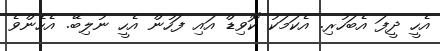
އެހީ ދީފަ އެބަހުރި. އެކަމަކު ކޮވިޑް އައި ފަހުން އެހީ ނުލިބޭ. އެހެންވެ